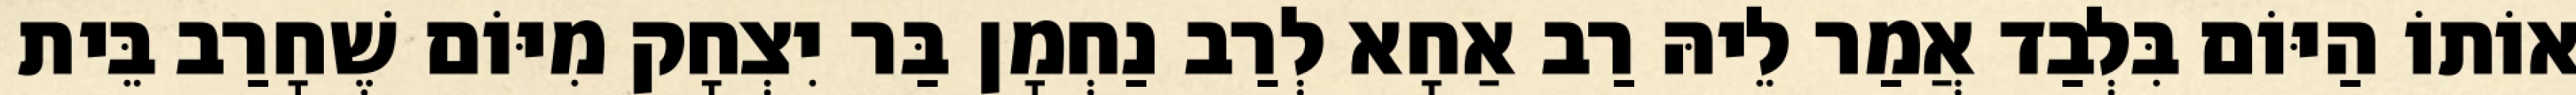
אוֹתוֹ הַיּוֹם בִּלְבַד אֲמַר לֵיהּ רַב אַחָא לְרַב נַחְמָן בַּר יִצְחָק מִיּוֹם שֶׁחָרַב בֵּית